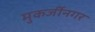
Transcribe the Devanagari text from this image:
मुकर्जीनगर